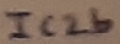
Text: IC2b